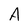
Character: A